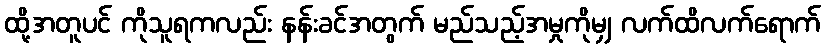
ထို့အတူပင် ကိုသူရကလည်း နန်းခင်အတွက် မည်သည့်အမှုကိုမျှ လက်ထိလက်ရောက်